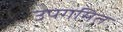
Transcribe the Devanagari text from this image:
उपगमित